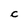
Character: C